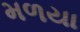
મળયા